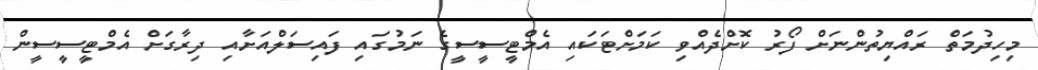
މިހިދުމަތް ރައްޔިތުންނަށް ފޯރު ކޮށްދެއްވި ކަމަށްޓަކައި އެމްޓީސީސީގެ ނަމުގައި ފައިސަލްއަށާއި ދިރާގަށް އެމްޓީސީސީން